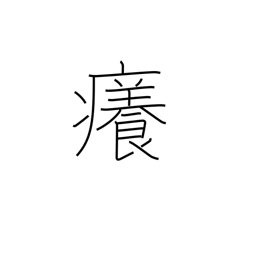
Meaning: itchy